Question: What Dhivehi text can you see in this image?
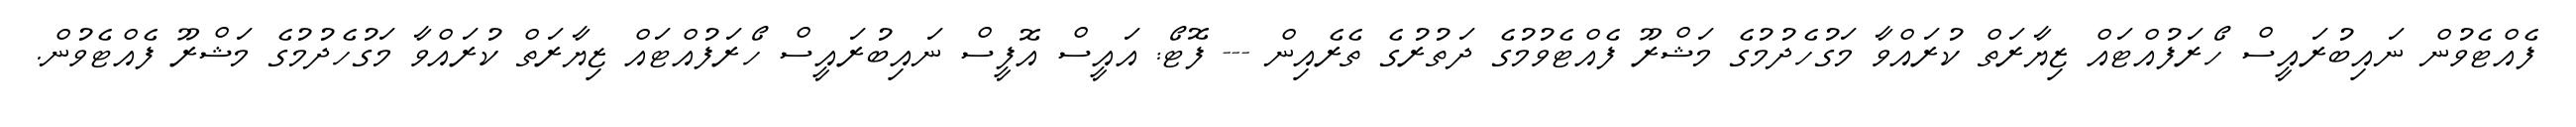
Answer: ފެއްޓެވުން ނައިބުރައީސް ހޯރަފުއްޓައް ޒިޔާރަތް ކުރައްވާ މަގުހެދުމުގެ މަޝްރޫ ފެއްޓެވުމުގެ ދަތުރުގެ ތެރެއިން --- ފޮޓޯ: އައީސް އޮފީސް ނައިބުރައީސް ހޯރަފުއްޓައް ޒިޔާރަތް ކުރައްވާ މަގުހެދުމުގެ މަޝްރޫ ފެއްޓެވުން.